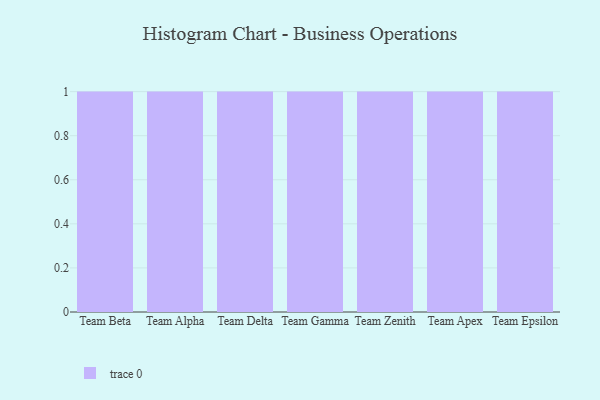
{"axis": {"x": "Team", "y": "Headcount"}, "legend": [""], "data": [{"x": "Team Beta", "y": 47, "type": ""}, {"x": "Team Alpha", "y": 65, "type": ""}, {"x": "Team Delta", "y": 28, "type": ""}, {"x": "Team Gamma", "y": 7, "type": ""}, {"x": "Team Zenith", "y": 39, "type": ""}, {"x": "Team Apex", "y": 2, "type": ""}, {"x": "Team Epsilon", "y": 35, "type": ""}]}